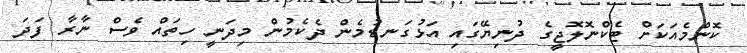
ކޮންމެއަކަށް ޓެކްނޮލޮޖީގެ ދުނިޔޭގައި އަޅުގަނޑުމެން ދެކެމުން މިދަނީ ހިތައް ވެސް ނާރާ ފަދަ